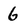
Character: 6